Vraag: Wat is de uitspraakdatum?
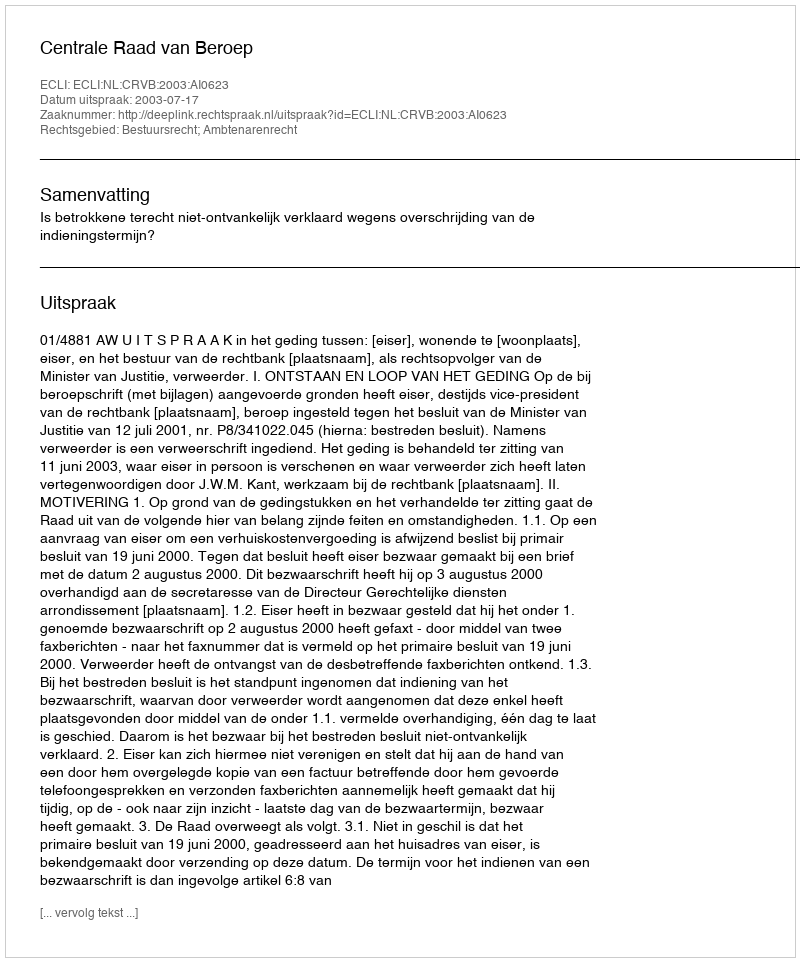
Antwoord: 2003-07-17